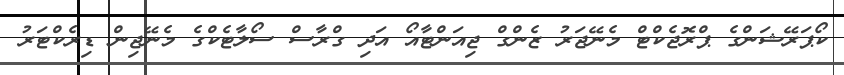
ކޯޕަރޭޝަންގެ ޕްރޮޖެކްޓް މެނޭޖަރު ޒެންގް ޖިއަންޓާއޯ އަދި ގްރާސް ސޯލާޓެކްގެ މެނޭޖިން ޑިރެކްޓަރު